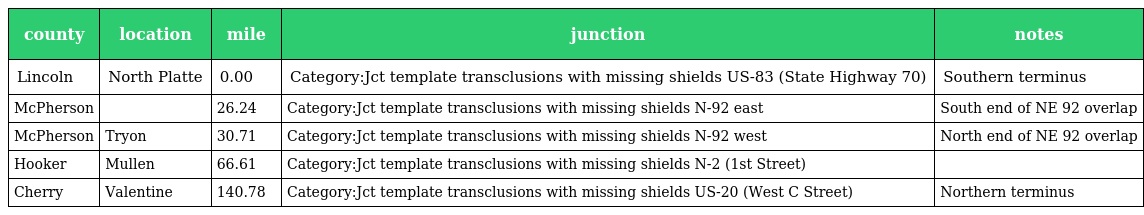
| county | location | mile | junction | notes |
 | --- | --- | --- | --- | --- |
 | Lincoln | North Platte | 0.00 | Category:Jct template transclusions with missing shields US-83 (State Highway 70) | Southern terminus |
 | McPherson |  | 26.24 | Category:Jct template transclusions with missing shields N-92 east | South end of NE 92 overlap |
 | McPherson | Tryon | 30.71 | Category:Jct template transclusions with missing shields N-92 west | North end of NE 92 overlap |
 | Hooker | Mullen | 66.61 | Category:Jct template transclusions with missing shields N-2 (1st Street) |  |
 | Cherry | Valentine | 140.78 | Category:Jct template transclusions with missing shields US-20 (West C Street) | Northern terminus |